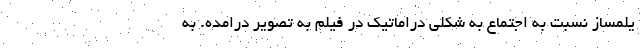
یلمساز نسبت به اجتماع به شکلی دراماتیک در فیلم به‌ تصویر درامده. به